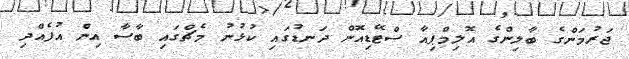
ޖަރުމަންގެ ބާލިންގެ އޮލިމްޕިއާ ސްޓޭޑިއޮން ދަނޑުގައި ކުޅުނު މެޗްގައި ބާސާ އިން އުފެއްދި